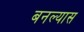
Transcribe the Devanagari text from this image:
बनल्यास